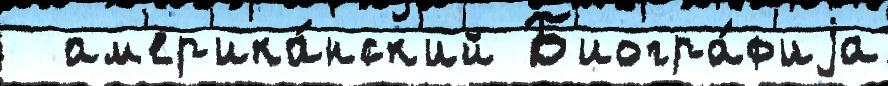
  ам'ер'ика́нск'ий Б'иогра́ф'иjа